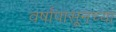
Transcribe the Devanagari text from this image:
वर्षांपासूनच्या